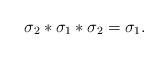
LaTeX: \begin{align*}\sigma_2*\sigma_1*\sigma_2=\sigma_1.\end{align*}